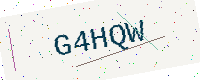
Text: G4HQW